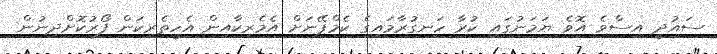
ސައުދީ އިސްވެ އޮވެ ޔަމަނުގައި ކުރާ ހަނގުރާމައިގެ ކެމްޕޭނަށް އެމެރިކާއިން އެހީތެރިކަން ފޯރުކޮށްދިނުން